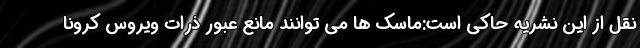
نقل از این نشریه حاکی است:ماسک ها می توانند مانع عبور ذرات ویروس کرونا